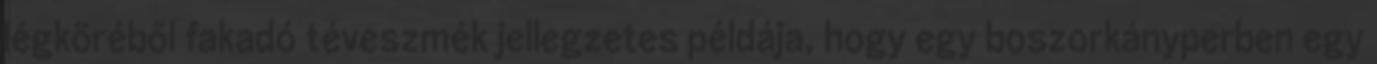
légköréből fakadó téveszmék jellegzetes példája, hogy egy boszorkányperben egy